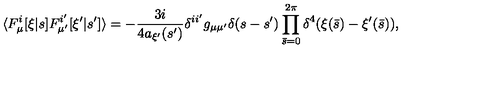
\langle F _ { \mu } ^ { i } [ \xi | s ] F _ { \mu ^ { \prime } } ^ { i ^ { \prime } } [ \xi ^ { \prime } | s ^ { \prime } ] \rangle = - { \frac { 3 i } { 4 a _ { \xi ^ { \prime } } ( s ^ { \prime } ) } } \delta ^ { i i ^ { \prime } } g _ { \mu \mu ^ { \prime } } \delta ( s - s ^ { \prime } ) \prod _ { \bar { s } = 0 } ^ { 2 \pi } \delta ^ { 4 } ( \xi ( \bar { s } ) - \xi ^ { \prime } ( \bar { s } ) ) ,